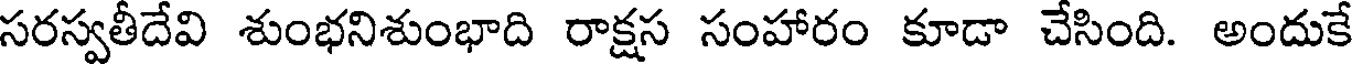
సరస్వతీదేవి శుంభనిశుంభాది రాక్షస సంహారం కూడా చేసింది. అందుకే